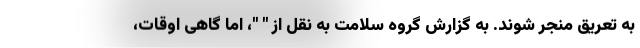
به تعریق منجر شوند. به گزارش گروه سلامت به نقل از " "، اما گاهی اوقات،